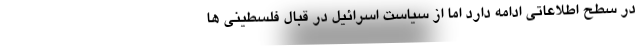
در سطح اطلاعاتی ادامه دارد اما از سیاست اسرائیل در قبال فلسطینی ها